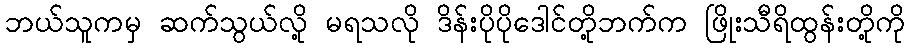
ဘယ်သူကမှ ဆက်သွယ်လို့ မရသလို ဒိန်းပိုပိုဒေါင်တို့ဘက်က ဖြိုးသီရိထွန်းတို့ကို